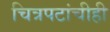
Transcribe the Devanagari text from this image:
चित्रपटांचीही